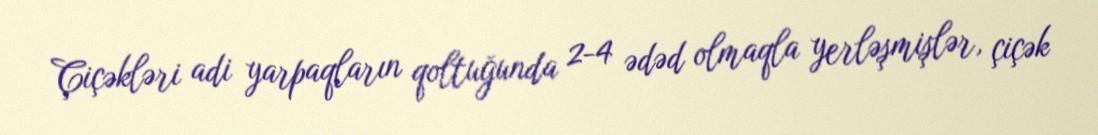
Çiçəkləri adi yarpaqların qoltuğunda 2-4 ədəd olmaqla yerləşmişlər, çiçək